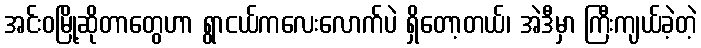
အင်းဝမြို့ဆိုတာတွေဟာ ရွာငယ်ကလေးလောက်ပဲ ရှိတော့တယ်၊ အဲဒီမှာ ကြီးကျယ်ခဲ့တဲ့